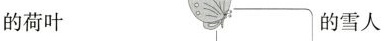
的荷叶 的雪人